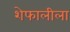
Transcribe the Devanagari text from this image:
शेफालीला